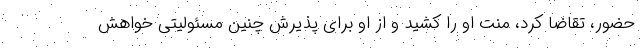
حضور، تقاضا کرد، منت او را کشید و از او برای پذیرش چنین مسئولیتی خواهش